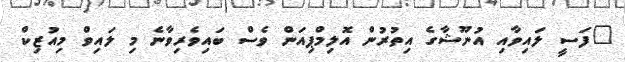
"ފަސީ ލައިވާއި އުނޫޝާގެ އިތުރުން އޮލިމްޕިއަން ވެސް ބައިވެރިވާނެ މި ލައިވް މިއުޒިކް